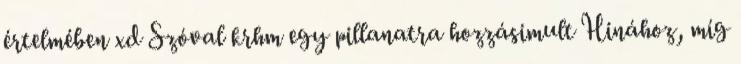
értelmében xd Szóval krhm egy pillanatra hozzásimult Hinához, míg